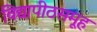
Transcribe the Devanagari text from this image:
विद्यापीठसमूह